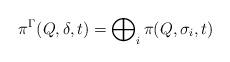
LaTeX: \begin{align*}\pi^\Gamma (Q,\delta,t) = \bigoplus\nolimits_i \pi (Q,\sigma_i,t)\end{align*}